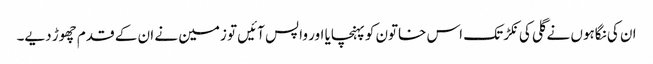
ان کی نگاہوں نے گلی کی نکڑ تک اس خاتون کو پہنچایا اور واپس آئیں تو زمین نے ان کے قدم چھوڑ دیے۔